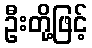
ဦးတို့ဖြင့်